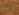
اراهم